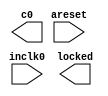
// megafunction wizard: %ALTPLL%VBB%
// GENERATION: STANDARD
// VERSION: WM1.0
// MODULE: altpll 

// ============================================================
// Megafunction Name(s):
// 			altpll
//
// Simulation Library Files(s):
// 			altera_mf
// ============================================================
// ************************************************************
// THIS IS A WIZARD-GENERATED FILE. DO NOT EDIT THIS FILE!
//
// 8.1 Build 163 10/28/2008 SJ Full Version
// ************************************************************

//Copyright (C) 1991-2008 Altera Corporation
//Your use of Altera Corporation's design tools, logic functions 
//and other software and tools, and its AMPP partner logic 
//functions, and any output files from any of the foregoing 
//(including device programming or simulation files), and any 
//associated documentation or information are expressly subject 
//to the terms and conditions of the Altera Program License 
//Subscription Agreement, Altera MegaCore Function License 
//Agreement, or other applicable license agreement, including, 
//without limitation, that your use is for the sole purpose of 
//programming logic devices manufactured by Altera and sold by 
//Altera or its authorized distributors.  Please refer to the 
//applicable agreement for further details.

module PLL_ctrl (
	areset,
	inclk0,
	c0,
	locked);

	input	  areset;
	input	  inclk0;
	output	  c0;
	output	  locked;

endmodule

// ============================================================
// CNX file retrieval info
// ============================================================
// Retrieval info: PRIVATE: ACTIVECLK_CHECK STRING "0"
// Retrieval info: PRIVATE: BANDWIDTH STRING "1.000"
// Retrieval info: PRIVATE: BANDWIDTH_FEATURE_ENABLED STRING "0"
// Retrieval info: PRIVATE: BANDWIDTH_FREQ_UNIT STRING "MHz"
// Retrieval info: PRIVATE: BANDWIDTH_PRESET STRING "Low"
// Retrieval info: PRIVATE: BANDWIDTH_USE_AUTO STRING "1"
// Retrieval info: PRIVATE: BANDWIDTH_USE_CUSTOM STRING "0"
// Retrieval info: PRIVATE: BANDWIDTH_USE_PRESET STRING "0"
// Retrieval info: PRIVATE: CLKBAD_SWITCHOVER_CHECK STRING "0"
// Retrieval info: PRIVATE: CLKLOSS_CHECK STRING "0"
// Retrieval info: PRIVATE: CLKSWITCH_CHECK STRING "0"
// Retrieval info: PRIVATE: CNX_NO_COMPENSATE_RADIO STRING "0"
// Retrieval info: PRIVATE: CREATE_CLKBAD_CHECK STRING "0"
// Retrieval info: PRIVATE: CREATE_INCLK1_CHECK STRING "0"
// Retrieval info: PRIVATE: CUR_DEDICATED_CLK STRING "c0"
// Retrieval info: PRIVATE: CUR_FBIN_CLK STRING "e0"
// Retrieval info: PRIVATE: DEVICE_FAMILY NUMERIC "11"
// Retrieval info: PRIVATE: DEVICE_SPEED_GRADE STRING "8"
// Retrieval info: PRIVATE: DIV_FACTOR0 NUMERIC "2"
// Retrieval info: PRIVATE: DUTY_CYCLE0 STRING "50.00000000"
// Retrieval info: PRIVATE: EXPLICIT_SWITCHOVER_COUNTER STRING "0"
// Retrieval info: PRIVATE: EXT_FEEDBACK_RADIO STRING "0"
// Retrieval info: PRIVATE: GLOCKED_COUNTER_EDIT_CHANGED STRING "1"
// Retrieval info: PRIVATE: GLOCKED_FEATURE_ENABLED STRING "0"
// Retrieval info: PRIVATE: GLOCKED_MODE_CHECK STRING "0"
// Retrieval info: PRIVATE: GLOCK_COUNTER_EDIT NUMERIC "1048575"
// Retrieval info: PRIVATE: HAS_MANUAL_SWITCHOVER STRING "1"
// Retrieval info: PRIVATE: INCLK0_FREQ_EDIT STRING "50.000"
// Retrieval info: PRIVATE: INCLK0_FREQ_UNIT_COMBO STRING "MHz"
// Retrieval info: PRIVATE: INCLK1_FREQ_EDIT STRING "100.000"
// Retrieval info: PRIVATE: INCLK1_FREQ_EDIT_CHANGED STRING "1"
// Retrieval info: PRIVATE: INCLK1_FREQ_UNIT_CHANGED STRING "1"
// Retrieval info: PRIVATE: INCLK1_FREQ_UNIT_COMBO STRING "MHz"
// Retrieval info: PRIVATE: INTENDED_DEVICE_FAMILY STRING "Cyclone"
// Retrieval info: PRIVATE: INT_FEEDBACK__MODE_RADIO STRING "1"
// Retrieval info: PRIVATE: LOCKED_OUTPUT_CHECK STRING "1"
// Retrieval info: PRIVATE: LOCK_LOSS_SWITCHOVER_CHECK STRING "0"
// Retrieval info: PRIVATE: LONG_SCAN_RADIO STRING "1"
// Retrieval info: PRIVATE: LVDS_MODE_DATA_RATE STRING "500.000"
// Retrieval info: PRIVATE: LVDS_MODE_DATA_RATE_DIRTY NUMERIC "0"
// Retrieval info: PRIVATE: LVDS_PHASE_SHIFT_UNIT0 STRING "deg"
// Retrieval info: PRIVATE: MIG_DEVICE_SPEED_GRADE STRING "Any"
// Retrieval info: PRIVATE: MIRROR_CLK0 STRING "0"
// Retrieval info: PRIVATE: MULT_FACTOR0 NUMERIC "4"
// Retrieval info: PRIVATE: NORMAL_MODE_RADIO STRING "1"
// Retrieval info: PRIVATE: OUTPUT_FREQ0 STRING "100.00000000"
// Retrieval info: PRIVATE: OUTPUT_FREQ_MODE0 STRING "0"
// Retrieval info: PRIVATE: OUTPUT_FREQ_UNIT0 STRING "MHz"
// Retrieval info: PRIVATE: PHASE_RECONFIG_FEATURE_ENABLED STRING "0"
// Retrieval info: PRIVATE: PHASE_RECONFIG_INPUTS_CHECK STRING "0"
// Retrieval info: PRIVATE: PHASE_SHIFT0 STRING "0.00000000"
// Retrieval info: PRIVATE: PHASE_SHIFT_STEP_ENABLED_CHECK STRING "0"
// Retrieval info: PRIVATE: PHASE_SHIFT_UNIT0 STRING "deg"
// Retrieval info: PRIVATE: PLL_ADVANCED_PARAM_CHECK STRING "0"
// Retrieval info: PRIVATE: PLL_ARESET_CHECK STRING "1"
// Retrieval info: PRIVATE: PLL_AUTOPLL_CHECK NUMERIC "1"
// Retrieval info: PRIVATE: PLL_ENA_CHECK STRING "0"
// Retrieval info: PRIVATE: PLL_ENHPLL_CHECK NUMERIC "0"
// Retrieval info: PRIVATE: PLL_FASTPLL_CHECK NUMERIC "0"
// Retrieval info: PRIVATE: PLL_FBMIMIC_CHECK STRING "0"
// Retrieval info: PRIVATE: PLL_LVDS_PLL_CHECK NUMERIC "0"
// Retrieval info: PRIVATE: PLL_PFDENA_CHECK STRING "0"
// Retrieval info: PRIVATE: PLL_TARGET_HARCOPY_CHECK NUMERIC "0"
// Retrieval info: PRIVATE: PRIMARY_CLK_COMBO STRING "inclk0"
// Retrieval info: PRIVATE: SACN_INPUTS_CHECK STRING "0"
// Retrieval info: PRIVATE: SCAN_FEATURE_ENABLED STRING "0"
// Retrieval info: PRIVATE: SELF_RESET_LOCK_LOSS STRING "0"
// Retrieval info: PRIVATE: SHORT_SCAN_RADIO STRING "0"
// Retrieval info: PRIVATE: SPREAD_FEATURE_ENABLED STRING "0"
// Retrieval info: PRIVATE: SPREAD_FREQ STRING "50.000"
// Retrieval info: PRIVATE: SPREAD_FREQ_UNIT STRING "KHz"
// Retrieval info: PRIVATE: SPREAD_PERCENT STRING "0.500"
// Retrieval info: PRIVATE: SPREAD_USE STRING "0"
// Retrieval info: PRIVATE: SRC_SYNCH_COMP_RADIO STRING "0"
// Retrieval info: PRIVATE: STICKY_CLK0 STRING "1"
// Retrieval info: PRIVATE: SWITCHOVER_COUNT_EDIT NUMERIC "1"
// Retrieval info: PRIVATE: SWITCHOVER_FEATURE_ENABLED STRING "0"
// Retrieval info: PRIVATE: SYNTH_WRAPPER_GEN_POSTFIX STRING "0"
// Retrieval info: PRIVATE: USE_CLK0 STRING "1"
// Retrieval info: PRIVATE: USE_CLKENA0 STRING "0"
// Retrieval info: PRIVATE: USE_MIL_SPEED_GRADE NUMERIC "0"
// Retrieval info: PRIVATE: ZERO_DELAY_RADIO STRING "0"
// Retrieval info: LIBRARY: altera_mf altera_mf.altera_mf_components.all
// Retrieval info: CONSTANT: CLK0_DIVIDE_BY NUMERIC "1"
// Retrieval info: CONSTANT: CLK0_DUTY_CYCLE NUMERIC "50"
// Retrieval info: CONSTANT: CLK0_MULTIPLY_BY NUMERIC "2"
// Retrieval info: CONSTANT: CLK0_PHASE_SHIFT STRING "0"
// Retrieval info: CONSTANT: COMPENSATE_CLOCK STRING "CLK0"
// Retrieval info: CONSTANT: INCLK0_INPUT_FREQUENCY NUMERIC "20000"
// Retrieval info: CONSTANT: INTENDED_DEVICE_FAMILY STRING "Cyclone"
// Retrieval info: CONSTANT: INVALID_LOCK_MULTIPLIER NUMERIC "5"
// Retrieval info: CONSTANT: LPM_TYPE STRING "altpll"
// Retrieval info: CONSTANT: OPERATION_MODE STRING "NORMAL"
// Retrieval info: CONSTANT: PLL_TYPE STRING "AUTO"
// Retrieval info: CONSTANT: PORT_ACTIVECLOCK STRING "PORT_UNUSED"
// Retrieval info: CONSTANT: PORT_ARESET STRING "PORT_USED"
// Retrieval info: CONSTANT: PORT_CLKBAD0 STRING "PORT_UNUSED"
// Retrieval info: CONSTANT: PORT_CLKBAD1 STRING "PORT_UNUSED"
// Retrieval info: CONSTANT: PORT_CLKLOSS STRING "PORT_UNUSED"
// Retrieval info: CONSTANT: PORT_CLKSWITCH STRING "PORT_UNUSED"
// Retrieval info: CONSTANT: PORT_CONFIGUPDATE STRING "PORT_UNUSED"
// Retrieval info: CONSTANT: PORT_FBIN STRING "PORT_UNUSED"
// Retrieval info: CONSTANT: PORT_INCLK0 STRING "PORT_USED"
// Retrieval info: CONSTANT: PORT_INCLK1 STRING "PORT_UNUSED"
// Retrieval info: CONSTANT: PORT_LOCKED STRING "PORT_USED"
// Retrieval info: CONSTANT: PORT_PFDENA STRING "PORT_UNUSED"
// Retrieval info: CONSTANT: PORT_PHASECOUNTERSELECT STRING "PORT_UNUSED"
// Retrieval info: CONSTANT: PORT_PHASEDONE STRING "PORT_UNUSED"
// Retrieval info: CONSTANT: PORT_PHASESTEP STRING "PORT_UNUSED"
// Retrieval info: CONSTANT: PORT_PHASEUPDOWN STRING "PORT_UNUSED"
// Retrieval info: CONSTANT: PORT_PLLENA STRING "PORT_UNUSED"
// Retrieval info: CONSTANT: PORT_SCANACLR STRING "PORT_UNUSED"
// Retrieval info: CONSTANT: PORT_SCANCLK STRING "PORT_UNUSED"
// Retrieval info: CONSTANT: PORT_SCANCLKENA STRING "PORT_UNUSED"
// Retrieval info: CONSTANT: PORT_SCANDATA STRING "PORT_UNUSED"
// Retrieval info: CONSTANT: PORT_SCANDATAOUT STRING "PORT_UNUSED"
// Retrieval info: CONSTANT: PORT_SCANDONE STRING "PORT_UNUSED"
// Retrieval info: CONSTANT: PORT_SCANREAD STRING "PORT_UNUSED"
// Retrieval info: CONSTANT: PORT_SCANWRITE STRING "PORT_UNUSED"
// Retrieval info: CONSTANT: PORT_clk0 STRING "PORT_USED"
// Retrieval info: CONSTANT: PORT_clk1 STRING "PORT_UNUSED"
// Retrieval info: CONSTANT: PORT_clk3 STRING "PORT_UNUSED"
// Retrieval info: CONSTANT: PORT_clk4 STRING "PORT_UNUSED"
// Retrieval info: CONSTANT: PORT_clk5 STRING "PORT_UNUSED"
// Retrieval info: CONSTANT: PORT_clkena0 STRING "PORT_UNUSED"
// Retrieval info: CONSTANT: PORT_clkena1 STRING "PORT_UNUSED"
// Retrieval info: CONSTANT: PORT_clkena3 STRING "PORT_UNUSED"
// Retrieval info: CONSTANT: PORT_clkena4 STRING "PORT_UNUSED"
// Retrieval info: CONSTANT: PORT_clkena5 STRING "PORT_UNUSED"
// Retrieval info: CONSTANT: PORT_extclk0 STRING "PORT_UNUSED"
// Retrieval info: CONSTANT: PORT_extclk1 STRING "PORT_UNUSED"
// Retrieval info: CONSTANT: PORT_extclk2 STRING "PORT_UNUSED"
// Retrieval info: CONSTANT: PORT_extclk3 STRING "PORT_UNUSED"
// Retrieval info: CONSTANT: VALID_LOCK_MULTIPLIER NUMERIC "1"
// Retrieval info: USED_PORT: @clk 0 0 6 0 OUTPUT_CLK_EXT VCC "@clk[5..0]"
// Retrieval info: USED_PORT: @extclk 0 0 4 0 OUTPUT_CLK_EXT VCC "@extclk[3..0]"
// Retrieval info: USED_PORT: areset 0 0 0 0 INPUT GND "areset"
// Retrieval info: USED_PORT: c0 0 0 0 0 OUTPUT_CLK_EXT VCC "c0"
// Retrieval info: USED_PORT: inclk0 0 0 0 0 INPUT_CLK_EXT GND "inclk0"
// Retrieval info: USED_PORT: locked 0 0 0 0 OUTPUT GND "locked"
// Retrieval info: CONNECT: locked 0 0 0 0 @locked 0 0 0 0
// Retrieval info: CONNECT: @inclk 0 0 1 0 inclk0 0 0 0 0
// Retrieval info: CONNECT: c0 0 0 0 0 @clk 0 0 1 0
// Retrieval info: CONNECT: @inclk 0 0 1 1 GND 0 0 0 0
// Retrieval info: CONNECT: @areset 0 0 0 0 areset 0 0 0 0
// Retrieval info: GEN_FILE: TYPE_NORMAL PLL_ctrl.v TRUE FALSE
// Retrieval info: GEN_FILE: TYPE_NORMAL PLL_ctrl.ppf TRUE FALSE
// Retrieval info: GEN_FILE: TYPE_NORMAL PLL_ctrl.inc FALSE FALSE
// Retrieval info: GEN_FILE: TYPE_NORMAL PLL_ctrl.cmp FALSE FALSE
// Retrieval info: GEN_FILE: TYPE_NORMAL PLL_ctrl.bsf TRUE
// Retrieval info: GEN_FILE: TYPE_NORMAL PLL_ctrl_inst.v TRUE FALSE
// Retrieval info: GEN_FILE: TYPE_NORMAL PLL_ctrl_bb.v TRUE FALSE
// Retrieval info: GEN_FILE: TYPE_NORMAL PLL_ctrl_waveforms.html TRUE FALSE
// Retrieval info: GEN_FILE: TYPE_NORMAL PLL_ctrl_wave*.jpg FALSE FALSE
// Retrieval info: LIB_FILE: altera_mf
// Retrieval info: CBX_MODULE_PREFIX: ON